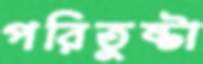
পরিতুষ্টা